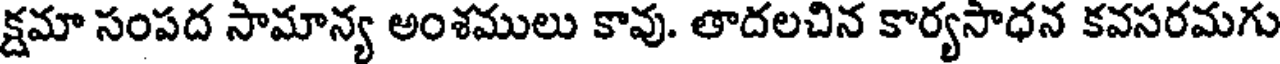
క్షమా సంపద సామాన్య అంశములు కావు. తాదలచిన కార్యసాధన కవసరమగు